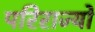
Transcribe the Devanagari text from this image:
परिराज्यों